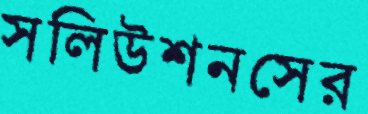
সলিউশনসের